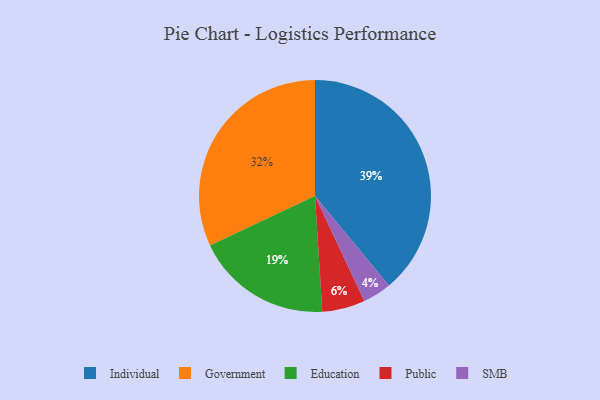
{"axis": {"x": "Category", "y": "Percentage"}, "legend": ["Education", "Government", "Individual", "Public", "SMB"], "data": [{"x": "SMB", "y": 4, "type": "SMB"}, {"x": "Individual", "y": 39, "type": "Individual"}, {"x": "Government", "y": 32, "type": "Government"}, {"x": "Public", "y": 6, "type": "Public"}, {"x": "Education", "y": 19, "type": "Education"}]}